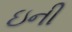
ઇની